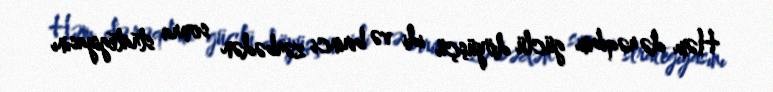
Həm də rəqibim güclü döyüşçü idi və birinci zərbədən sonra strategiyasını